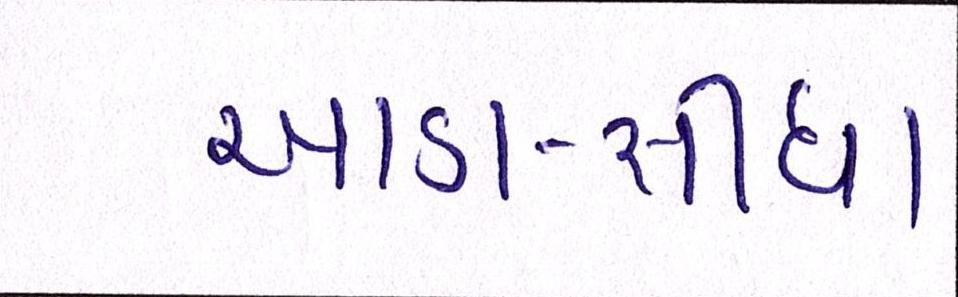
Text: આડા-સીધા